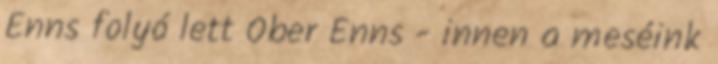
Enns folyó lett Ober Enns - innen a meséink